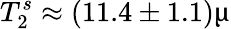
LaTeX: T_{2}^{s}\approx(11.4\pm 1.1)\upmu